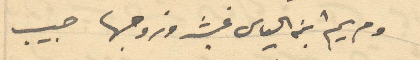
ومريم ابنه الياس غيث وزوجها حبيب